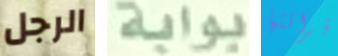
الرجل بوابة قرائتها